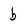
Character: b